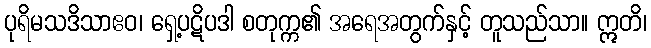
ပုရိမသဒိသာဧဝ၊ ရှေ့ပဋိပဒါ စတုက္က၏ အရေအတွက်နှင့် တူသည်သာ။ ဣတိ၊